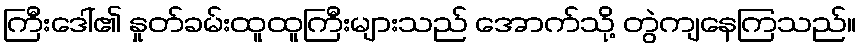
ကြီးဒေါ်၏ နှုတ်ခမ်းထူထူကြီးများသည် အောက်သို့ တွဲကျနေကြသည်။